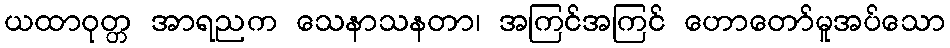
ယထာဝုတ္တ အာရညက သေနာသနတာ၊ အကြင်အကြင် ဟောတော်မူအပ်သော